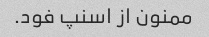
ممنون از اسنپ فود.